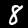
Digit: 8